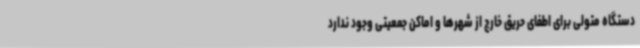
دستگاه متولی برای اطفای حریق خارج از شهرها و اماکن جمعیتی وجود ندارد